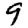
Digit: 9